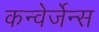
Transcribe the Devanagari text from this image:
कन्वेर्जेन्स